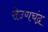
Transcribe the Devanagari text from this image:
सेउणचंद्र